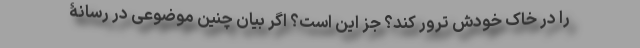
را در خاک خودش ترور کند؟ جز این است؟ اگر بیان چنین موضوعی در رسانۀ